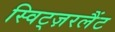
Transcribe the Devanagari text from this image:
स्विट्ज़रलैंट